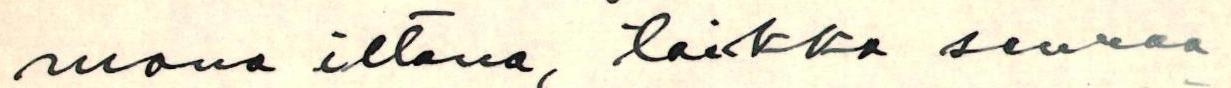
mana iltana, taikka seuraa-